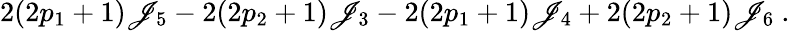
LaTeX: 2(2p_{1}+1)\mathscr{J}_{5}-2(2p_{2}+1)\mathscr{J}_{3}-2(2p_{1}+1)\mathscr{J}_{4}+2(2p_{2}+1)\mathscr{J}_{6}\ .